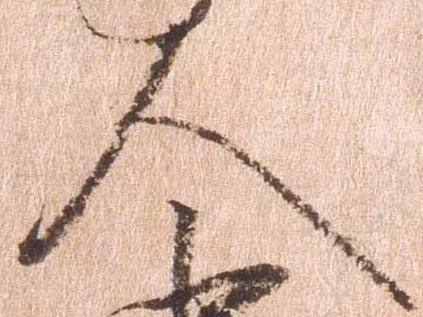
人